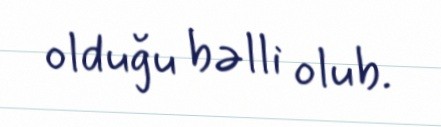
olduğu bəlli olub.